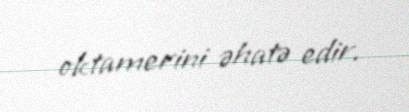
oktamerini əhatə edir.